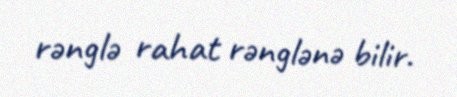
rənglə rahat rənglənə bilir.